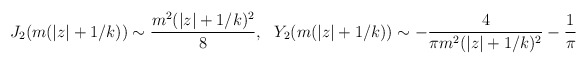
\begin{align*}J_2(m (|z| +1/k)) \sim {m^2 (|z| + 1/k)^2 \over 8}, \ \ Y_2(m (|z| +1/k)) \sim - {4 \over \pi m^2 (|z| + 1/k)^2} - {1 \over \pi}\end{align*}